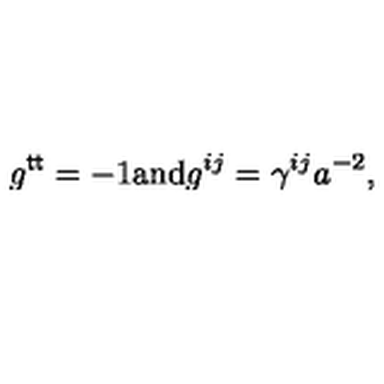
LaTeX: g ^ { \sf t t } = - 1 \mathrm { a n d } g ^ { i j } = \gamma ^ { i j } a ^ { - 2 } ,